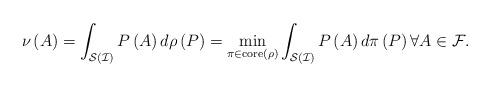
LaTeX: \begin{align*}\nu \left( A\right) =\int_{\mathcal{S}\left( \mathcal{I}\right) }P\left(A\right) d\rho \left( P\right) =\min_{\pi \in \mathrm{core}\left( \rho\right) }\int_{\mathcal{S}\left( \mathcal{I}\right) }P\left( A\right) d\pi\left( P\right) \forall A\in \mathcal{F}. \end{align*}